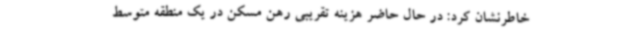
خاطرنشان کرد: در حال حاضر هزینه تقریبی رهن مسکن در یک منطقه متوسط